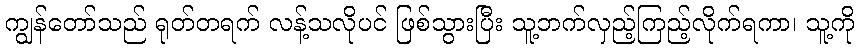
ကျွန်တော်သည် ရုတ်တရက် လန့်သလိုပင် ဖြစ်သွားပြီး သူ့ဘက်လှည့်ကြည့်လိုက်ရကာ၊ သူ့ကို